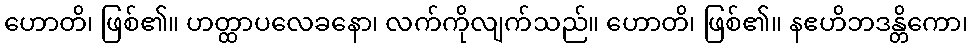
ဟောတိ၊ ဖြစ်၏။ ဟတ္ထာပလေခနော၊ လက်ကိုလျက်သည်။ ဟောတိ၊ ဖြစ်၏။ နဧဟိဘဒန္တိကော၊